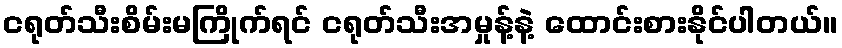
ငရုတ်သီးစိမ်းမကြိုက်ရင် ငရုတ်သီးအမှုန့်နဲ့ ထောင်းစားနိုင်ပါတယ်။